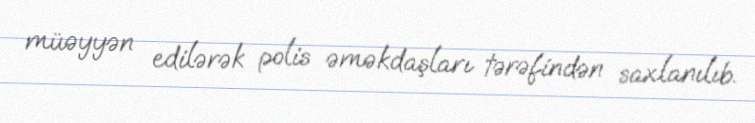
müəyyən edilərək polis əməkdaşları tərəfindən saxlanılıb.